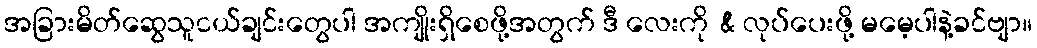
အခြားမိတ်ဆွေသူငယ်ချင်းတွေပါ အကျိုးရှိစေဖို့အတွက် ဒီ လေးကို & လုပ်ပေးဖို့ မမေ့ပါနဲ့ခင်ဗျာ။